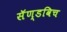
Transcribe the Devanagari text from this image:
सॅण्डविच